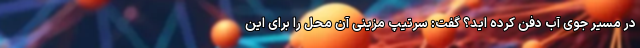
در مسیر جوی آب دفن کرده اید؟ گفت: سرتیپ مزینی آن محل را برای این